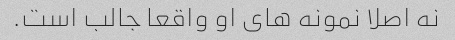
نه اصلا نمونه های او واقعا جالب است.